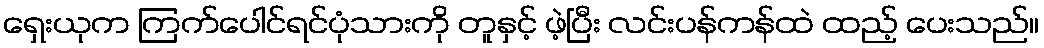
ရှေးယုက ကြက်ပေါင်ရင်ပုံသားကို တူနှင့် ဖဲ့ပြီး လင်းပန်ကန်ထဲ ထည့် ပေးသည်။